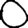
Digit: 0